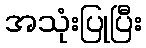
အသုံးပြုပြီး